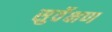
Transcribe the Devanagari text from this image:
सुर्वेक्षण